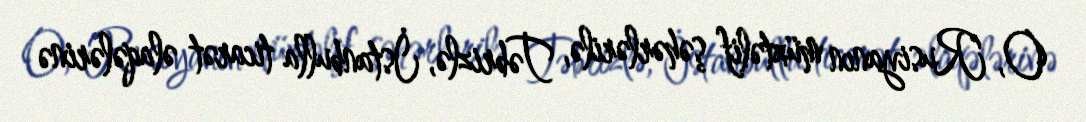
O, Rusiyanın müxtəlif şəhərlərilə, Təbrizlə, İstanbulla ticarət əlaqələrinə